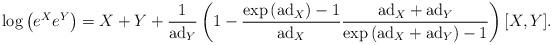
LaTeX: \begin{align*} \log\left(e^Xe^Y\right)= X+Y+\frac{1}{\mathrm{ad}_{Y}}\left(1-\frac{\exp\left(\mathrm{ad}_{X}\right)-1}{\mathrm{ad}_{X}}\frac{\mathrm{ad}_{X}+\mathrm{ad}_{Y}}{\exp\left(\mathrm{ad}_{X}+\mathrm{ad}_{Y}\right)-1}\right)[X,Y]. \end{align*}